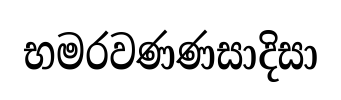
භමරවණණසාදිසා